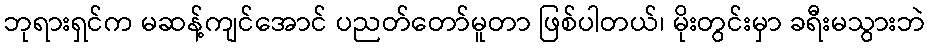
ဘုရားရှင်က မဆန့်ကျင်အောင် ပညတ်တော်မူတာ ဖြစ်ပါတယ်၊ မိုးတွင်းမှာ ခရီးမသွားဘဲ